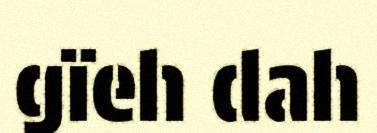
gïeh dah